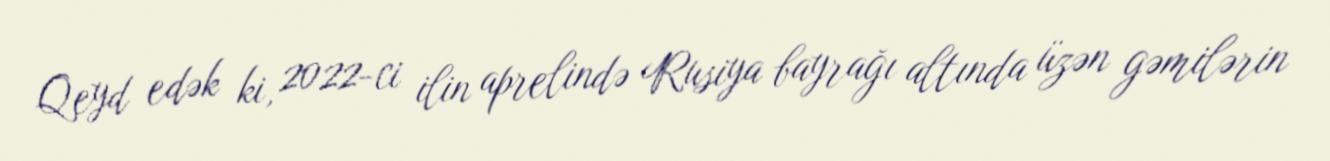
Qeyd edək ki, 2022-ci ilin aprelində Rusiya bayrağı altında üzən gəmilərin